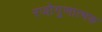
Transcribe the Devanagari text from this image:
रजोगुणात्मक